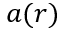
a ( r )